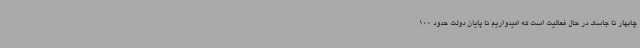
چابهار تا جاسک در حال فعالیت است که امیدواریم تا پایان دولت حدود 100